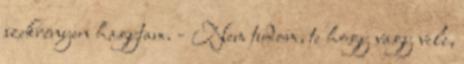
szekrényen hagytam. - Nem tudom, te hogy vagy vele,